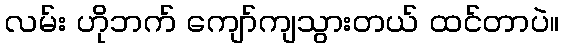
လမ်း ဟိုဘက် ကျော်ကျသွားတယ် ထင်တာပဲ။